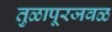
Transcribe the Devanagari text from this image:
तुळापूरजवळ